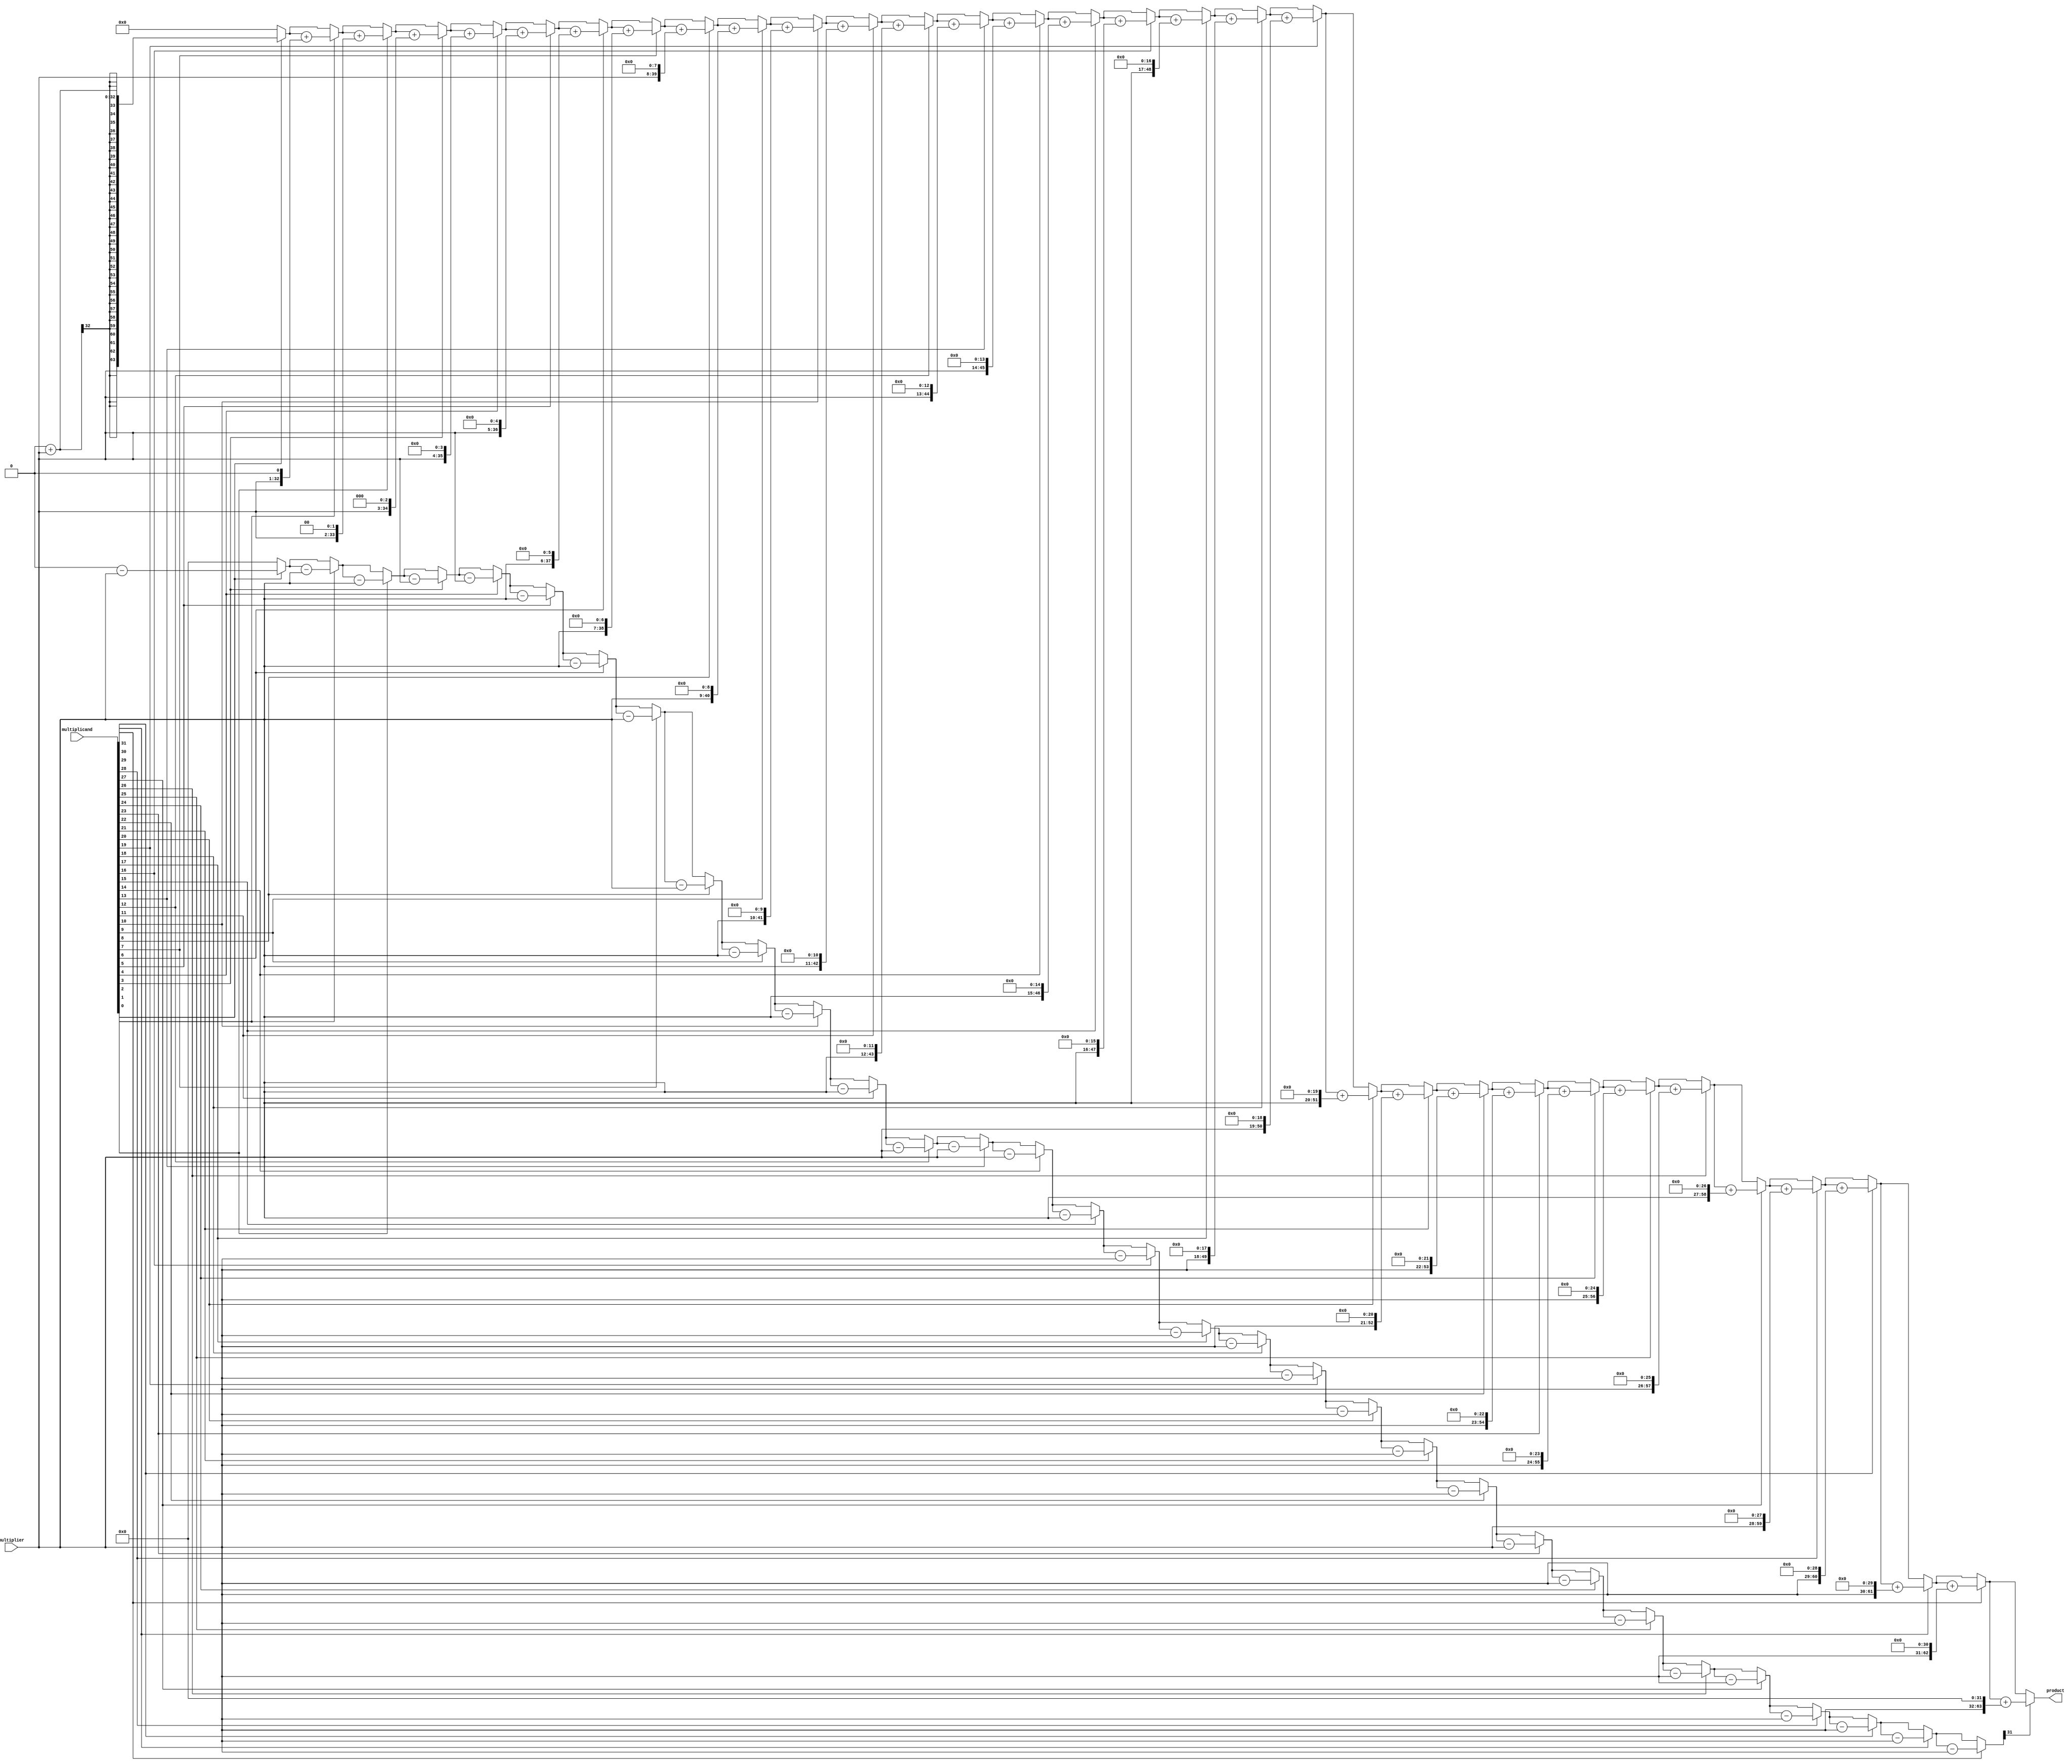
module booth_multiplier(
    input signed [31:0] multiplicand,
    input signed [31:0] multiplier,
    output reg signed [63:0] product
);

reg [31:0] a, s;
reg [5:0] count;

always @(*) begin
    a = multiplicand;
    s = 32'b0;
    count = 0;
    product = 64'b0;
    
    repeat(32) begin
        if(a[0] == 1) begin
            product = product + (multiplier << count);
            s = s - multiplier;
        end
        else if(a[0] == -1) begin
            product = product + (multiplier << count);
            s = s + multiplier;
        end
        
        a = a >> 1;
        count = count + 1;
    end
    
    if(s[31] == 1) begin
        product = product + (multiplier << 32);
    end
end

endmodule